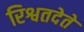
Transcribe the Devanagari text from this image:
रिश्वतदेते